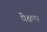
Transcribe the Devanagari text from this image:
प्रेक्षण।